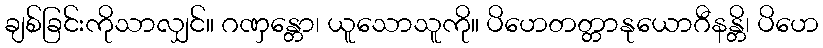
ချစ်ခြင်းကိုသာလျှင်။ ဂဏှန္တော၊ ယူသောသူကို။ ပိဟေတတ္တာနုယောဂီနန္တိ၊ ပိဟေ